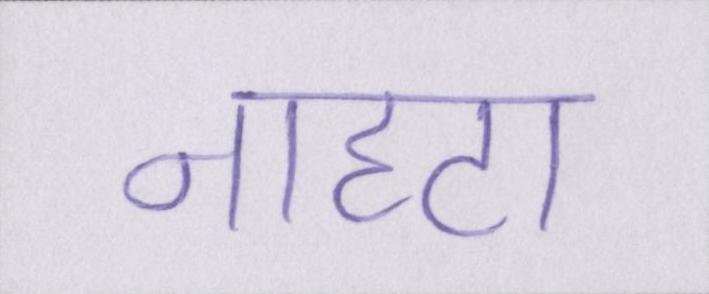
नाहटा